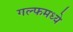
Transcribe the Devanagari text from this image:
गल्फमध्ये